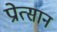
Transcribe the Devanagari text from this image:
प्रोत्सान